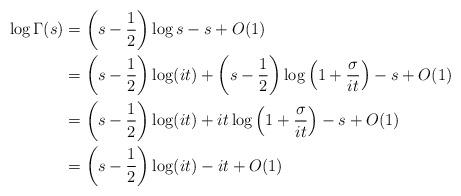
LaTeX: \begin{align*}\log\Gamma(s)&=\left(s-\frac12\right)\log s-s+O(1) \\&=\left(s-\frac12\right)\log(it)+\left(s-\frac12\right)\log\left(1+{\sigma\over it}\right)-s+O(1) \\&=\left(s-\frac12\right)\log(it)+it\log\left(1+{\sigma\over it}\right)-s+O(1) \\&=\left(s-\frac12\right)\log(it)-it+O(1)\end{align*}